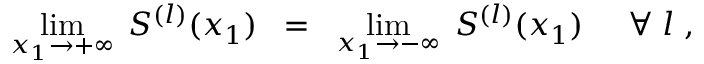
\operatorname * { l i m } _ { x _ { 1 } \rightarrow + \infty } \; S ^ { ( l ) } ( x _ { 1 } ) \; \; = \; \; \operatorname * { l i m } _ { x _ { 1 } \rightarrow - \infty } \; S ^ { ( l ) } ( x _ { 1 } ) \; \; \; \; \; \forall \; l \; ,